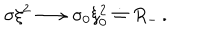
LaTeX: \sigma \xi ^ { 2 } \longrightarrow \sigma _ { 0 } \xi _ { 0 } ^ { 2 } \doteq R _ { - } \, .